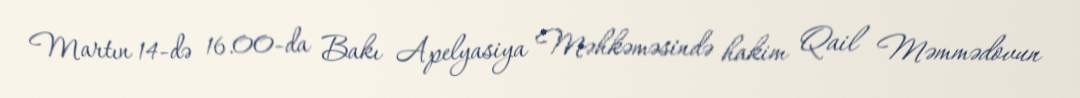
Martın 14-də 16.00-da Bakı Apelyasiya Məhkəməsində hakim Qail Məmmədovun